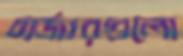
চার্জারগুলো